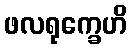
ဖလရုက္ခေဟိ